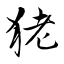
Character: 狫